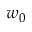
w _ { 0 }